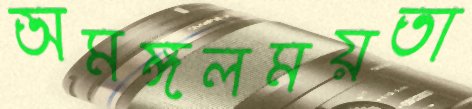
অমঙ্গলময়তা